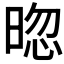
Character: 𣇤